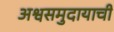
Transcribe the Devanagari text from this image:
अश्वसमुदायाची